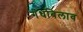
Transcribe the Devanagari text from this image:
गंधबिलाव